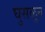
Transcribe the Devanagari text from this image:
घुसळुन